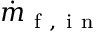
\dot { m } _ { \mathrm { ~ f ~ , ~ i ~ n ~ } }